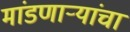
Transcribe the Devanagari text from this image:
मांडणार्‍यांचा